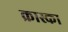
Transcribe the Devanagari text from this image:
क्रास्का